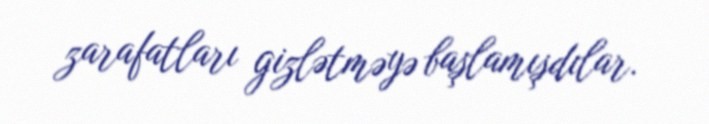
zarafatları gizlətməyə başlamışdılar.